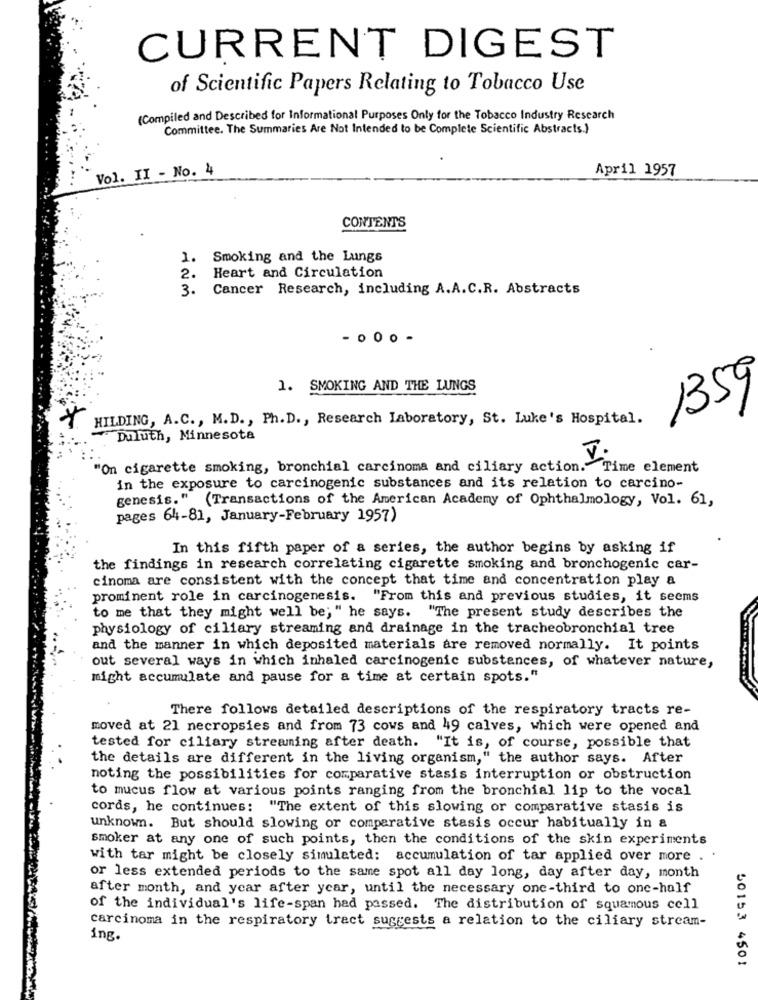
CURRENT DIGEST
of Scientific Papers Relating to Tobacco Use
(Compiled and Described for Informational Purposes Only for the Tobacco Industry Research
Committee. The Summaries Are Not Intended to be Complete Scientific Abstracts.)
Vol. II - No. 4
April 1957
CONTENTS
1.
Smoking and the Lungs
2.
Heart and Circulation
3 .
Cancer Research, including A.A.C.R. Abstracts
- . 00-
1. SMOKING AND THE LUNGS
1359
HILDING, A.C ., M.D. , Ph. D ., Research Laboratory, St. Luke's Hospital.
Duluth, Minnesota
"On cigarette smoking, bronchial carcinoma and ciliary action. Time element
in the exposure to carcinogenic substances and its relation to carcino-
genesis." (Transactions of the American Academy of Ophthalmology, Vol. 61,
pages 64-81, January-February 1957)
In this fifth paper of a series, the author begins by asking if
the findings in research correlating cigarette smoking and bronchogenic car-
cinoma are consistent with the concept that time and concentration play a
prominent role in carcinogenesis. "From this and previous studies, it seems
to me that they might well be; " he says. "The present study describes the
physiology of ciliary streaming and drainage in the tracheobronchial tree
and the manner in which deposited materials are removed normally. It points
out several ways in which inhaled carcinogenic substances, of whatever nature,
might accumulate and pause for a time at certain spots."
There follows detailed descriptions of the respiratory tracts re-
moved at 21 necropsies and from 73 cows and 49 calves, which were opened and
tested for ciliary streaming after death. "It is, of course, possible that
the details are different in the living organism," the author says. After
noting the possibilities for comparative stasis interruption or obstruction
to mucus flow at various points ranging from the bronchial lip to the vocal
cords, he continues: "The extent of this slowing or comparative stasis is
unknown. But should slowing or comparative stasis occur habitually in a
smoker at any one of such points, then the conditions of the skin experiments
with tar might be closely simulated: accumulation of tar applied over more
or less extended periods to the same spot all day long, day after day, month
after month, and year after year, until the necessary one-third to one-half
of the individual's life-span had passed. The distribution of squamous cell
carcinoma in the respiratory tract suggests a relation to the ciliary stream-
ing.
50153 4501